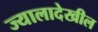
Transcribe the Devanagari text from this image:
ज्यालादेखील